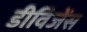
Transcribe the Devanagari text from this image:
डीविजेंस